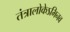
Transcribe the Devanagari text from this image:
तंत्रालोकेऽभिनव